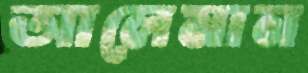
আলেমান